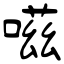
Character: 嗞